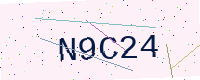
Text: N9C24